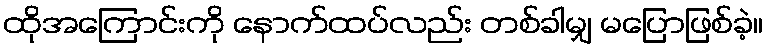
ထိုအကြောင်းကို နောက်ထပ်လည်း တစ်ခါမျှ မပြောဖြစ်ခဲ့။